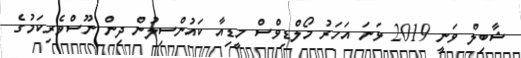
ޝާބިލް ވަނީ 2019 ވަނަ އަހަރު މޯލްޑިވްސް މީޑިއާ ކައުންސިލުން ދިން ނޫސްވެރިކަމުގެ